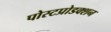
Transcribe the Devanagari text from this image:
पोस्टप्रोडक्शन